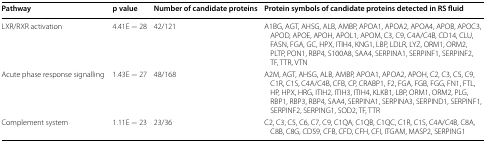
<table><thead><tr><td><b>Pathway</b></td><td><b>p value</b></td><td><b>Number of candidate proteins</b></td><td><b>Protein symbols of candidate proteins detected in RS fluid</b></td></tr></thead><tbody><tr><td>LXR/RXR activation</td><td>4.41E − 28</td><td>42/121</td><td>A1BG, AGT, AHSG, ALB, AMBP, APOA1, APOA2, APOA4, APOB, APOC3, APOD, APOE, APOH, APOL1, APOM, C3, C9, C4A/C4B, CD14, CLU, FASN, FGA, GC, HPX, ITIH4, KNG1, LBP, LDLR, LYZ, ORM1, ORM2, PLTP, PON1, RBP4, S100A8, SAA4, SERPINA1, SERPINF1, SERPINF2, TF, TTR, VTN</td></tr><tr><td>Acute phase response signalling</td><td>1.43E − 27</td><td>48/168</td><td>A2M, AGT, AHSG, ALB, AMBP, APOA1, APOA2, APOH, C2, C3, C5, C9, C1R, C1S, C4A/C4B, CFB, CP, CRABP1, F2, FGA, FGB, FGG, FN1, FTL, HP, HPX, HRG, ITIH2, ITIH3, ITIH4, KLKB1, LBP, ORM1, ORM2, PLG, RBP1, RBP3, RBP4, SAA4, SERPINA1, SERPINA3, SERPIND1, SERPINF1, SERPINF2, SERPING1, SOD2, TF, TTR</td></tr><tr><td>Complement system</td><td>1.11E − 23</td><td>23/36</td><td>C2, C3, C5, C6, C7, C9, C1QA, C1QB, C1QC, C1R, C1S, C4A/C4B, C8A, C8B, C8G, CD59, CFB, CFD, CFH, CFI, ITGAM, MASP2, SERPING1</td></tr></tbody></table>